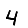
Digit: 4